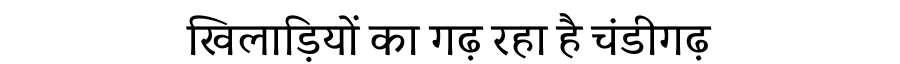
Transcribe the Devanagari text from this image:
खिलाड़ियों का गढ़ रहा है चंडीगढ़